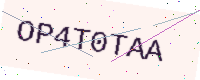
Text: OP4T0TAA